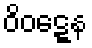
ဝိဝဋ္ဋေန